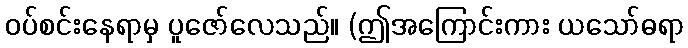
ဝပ်စင်းနေရာမှ ပူဇော်လေသည်။ (ဤအကြောင်းကား ယသော်ဓရာ